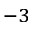
^ { - 3 }